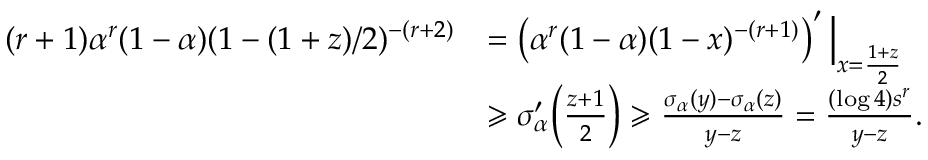
\begin{array} { r l } { ( r + 1 ) \alpha ^ { r } ( 1 - \alpha ) ( 1 - ( 1 + z ) / 2 ) ^ { - ( r + 2 ) } } & { = \left( \alpha ^ { r } ( 1 - \alpha ) ( 1 - x ) ^ { - ( r + 1 ) } \right) ^ { \prime } \Big | _ { x = \frac { 1 + z } { 2 } } } \\ & { \geqslant \sigma _ { \alpha } ^ { \prime } \Big ( \frac { z + 1 } { 2 } \Big ) \geqslant \frac { \sigma _ { \alpha } ( y ) - \sigma _ { \alpha } ( z ) } { y - z } = \frac { ( \log 4 ) s ^ { r } } { y - z } . } \end{array}